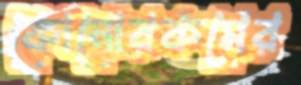
কোনোরকমের